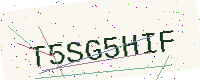
Text: T5SG5HIF